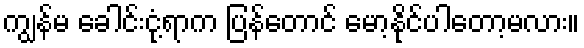
ကျွန်မ ခေါင်းငုံ့ရာက ပြန်တောင် မော့နိုင်ပါတော့မလား။